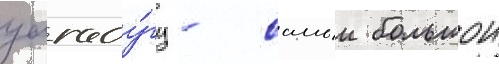
уагаду́гу - самыи большои